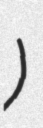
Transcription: آئینہ)